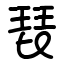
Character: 琵